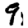
Digit: 9